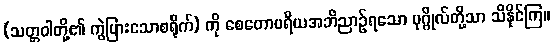
(သတ္တဝါတို့၏ ကွဲပြားသောစရိုက်) ကို စေတောပရိယအဘိညာဉ်ရသော ပုဂ္ဂိုလ်တို့သာ သိနိုင်ကြ။